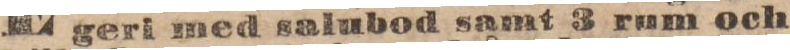
geri med salubod samt 3 rum och